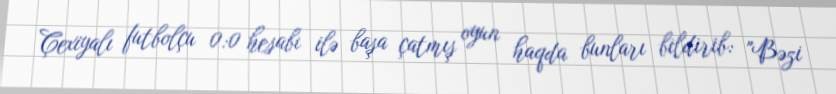
Çexiyalı futbolçu 0:0 hesabı ilə başa çatmış oyun haqda bunları bildirib: "Bəzi